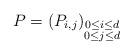
LaTeX: \begin{align*}P=(P_{i,j})_{\substack{0\leq i\leq d\\ 0\leq j\leq d}}\end{align*}